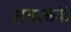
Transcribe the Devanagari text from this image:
सगलानी